画像に写った文字を読んでください
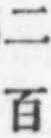
「二百」と書いてあります